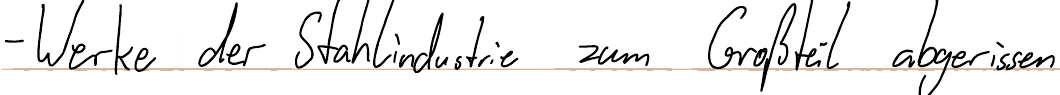
- Werke der Stahlindustrie zum Großteil abgerissen